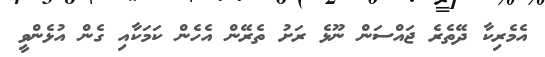
އެމެރިކާ ދޭތެރެ ޖައްސަން ނޫޅެ ރަށު ތެރޭން އެހެން ކަމަކާއި ގެން އުޅެންވީ